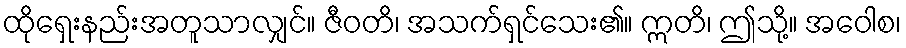
ထိုရှေးနည်းအတူသာလျှင်။ ဇီဝတိ၊ အသက်ရှင်သေး၏။ ဣတိ၊ ဤသို့။ အဝေါစ၊